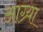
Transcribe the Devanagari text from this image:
आग्र्या